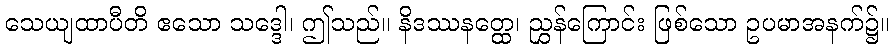
သေယျထာပီတိ ဧသော သဒ္ဒေါ၊ ဤသည်။ နိဒဿနတ္ထေ၊ ညွှန်ကြောင်း ဖြစ်သော ဥပမာအနက်၌။